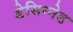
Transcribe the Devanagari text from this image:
डेसिग्नेड